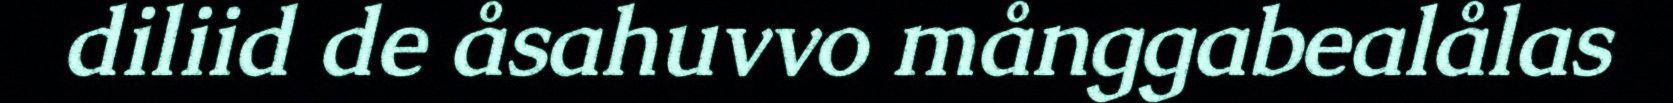
diliid de åsahuvvo månggabealålas